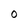
Character: O